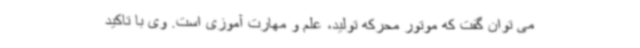
می توان گفت که موتور محرکه تولید، علم و مهارت آموزی است. وی با تاکید